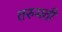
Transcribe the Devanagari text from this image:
तरुमती